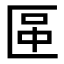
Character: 𠥅